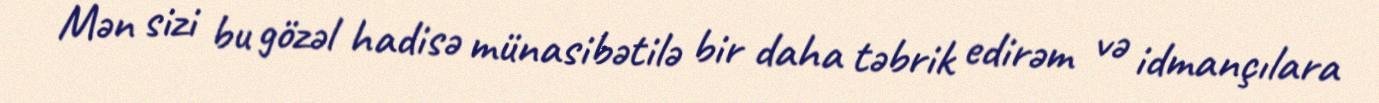
Mən sizi bu gözəl hadisə münasibətilə bir daha təbrik edirəm və idmançılara